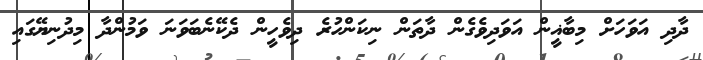
ދާދި އަވަހަށް މިބާޣީން އަވަދިވެގެން ދާތަން ނިކަންހުރެ ދިވެހީން ދެކޭނެބަވަނަ ވަމުންދާ މިދުނިޔޭގައި